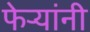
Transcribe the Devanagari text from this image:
फेऱ्यांनी